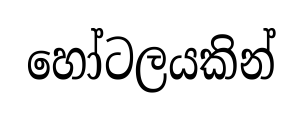
හෝටලයකින්